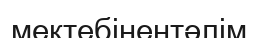
мектебінентәлім